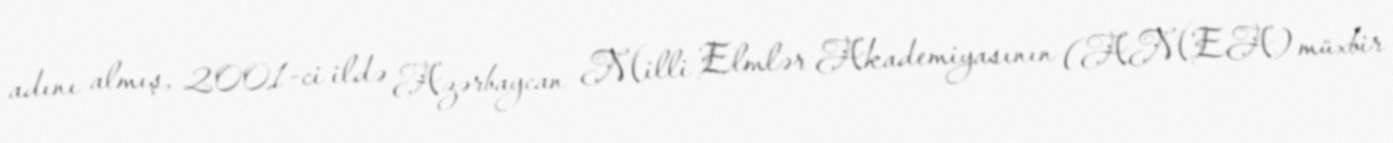
adını almış, 2001-ci ildə Azərbaycan Milli Elmlər Akademiyasının (AMEA) müxbir